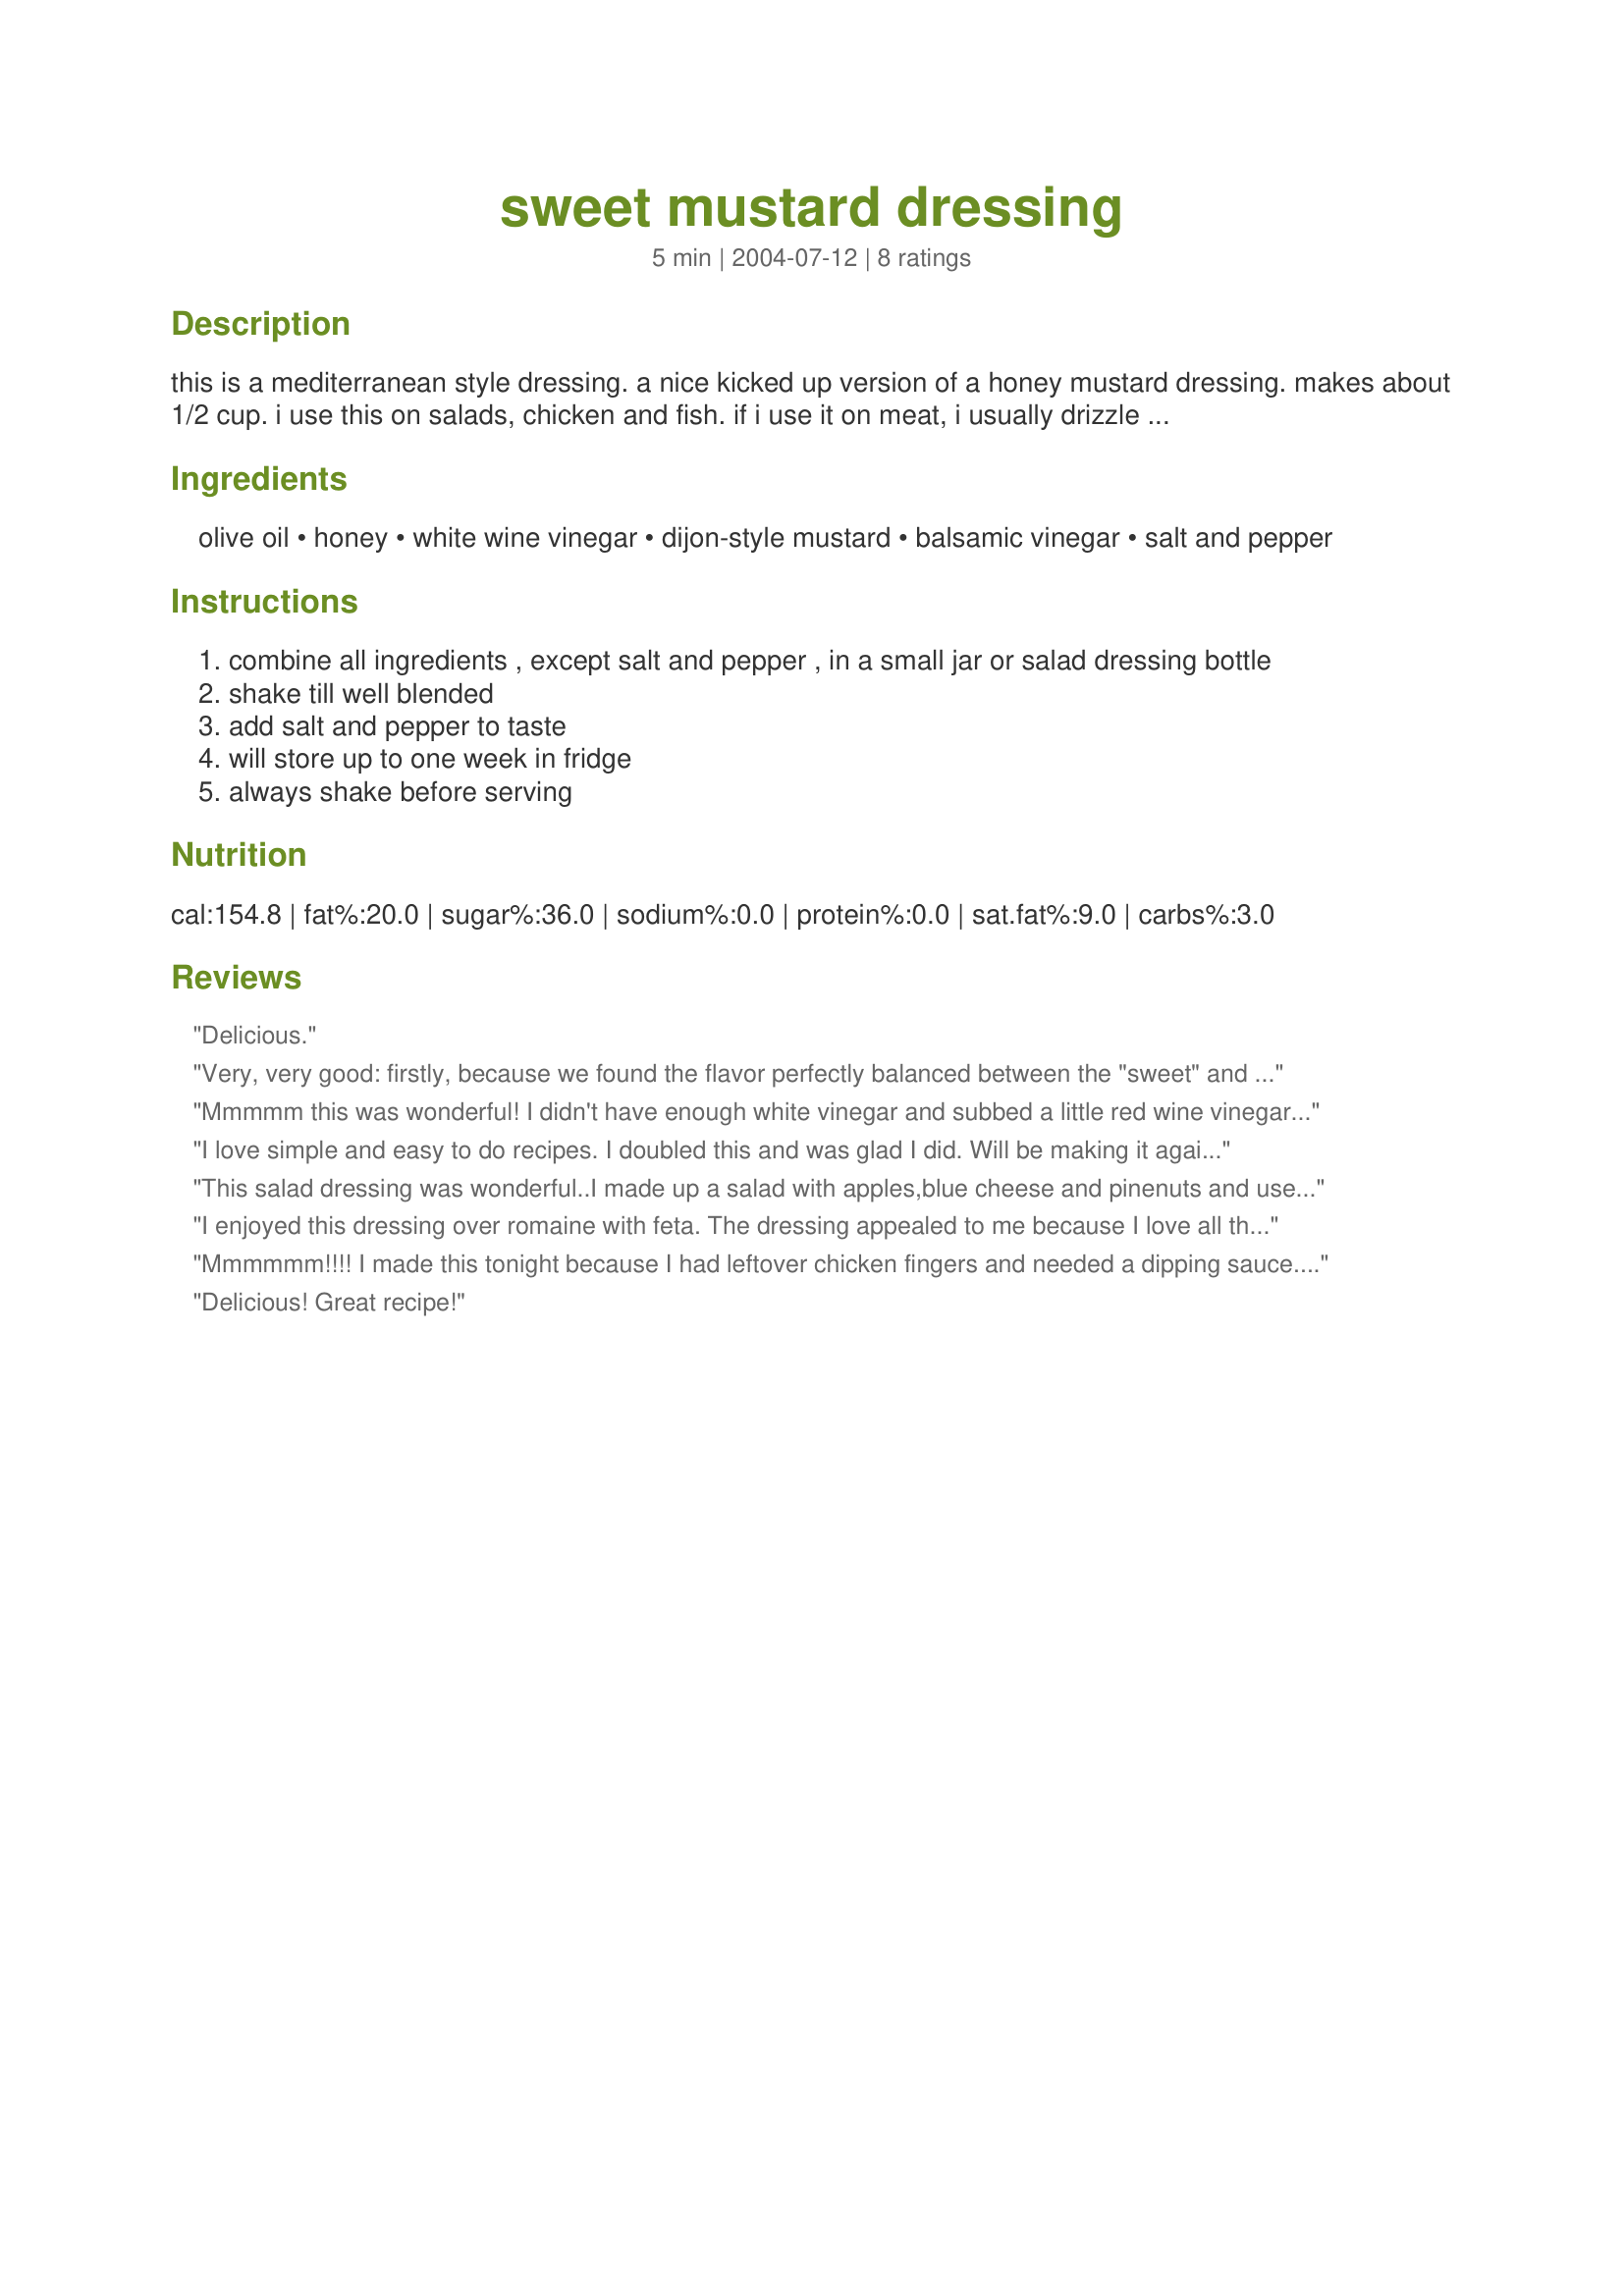
sweet mustard dressing
Preparation time: 5 minutes

this is a mediterranean style dressing. a nice kicked up version of a honey mustard dressing. makes about 1/2 cup.
i use this on salads, chicken and fish. if i use it on meat, i usually
drizzle it on after cooking or use as a dipping sauce. if you try it, i
really hope you enjoy it!

Ingredients:
olive oil, honey, white wine vinegar, dijon-style mustard, balsamic vinegar, salt and pepper

Steps:
combine all ingredients , except salt and pepper , in a small jar or salad dressing bottle
shake till well blended
add salt and pepper to taste
will store up to one week in fridge
always shake before serving

Reviews:
Delicious.
Very, very good: firstly, because we found the flavor perfectly balanced between the "sweet" and "mustard" , and secondly because it stayed emulsified after a good shaking in the screw-top jar. Thanks for posting!
Mmmmm this was wonderful! I didn't have enough white vinegar and subbed a little red wine vinegar for the balance. Also used about a Tbsp or two less oil (and no salt). Thanks for the recipe Bobtail - it's a keeper! :)
I love simple and easy to do recipes. I doubled this and was glad I did. Will be making it again shortly. Glad you posted this Bobtail.
This salad dressing was wonderful..I made up a salad with apples,blue cheese and pinenuts and used this dressing...it was one of the best salads I have made...a must try
I enjoyed this dressing over romaine with feta. The dressing appealed to me because I love all the ingredients! I used a strong mustard (dijon with horseradish) so I used 2 1/2 tsp. Thanks Bobtail for another yummy recipe.
Updated: I used this on <a href="/26259">Mediterranean Broccoli Salad</a> and it was outstanding!

Roxygirl
Mmmmmm!!!! I made this tonight because I had leftover chicken fingers and needed a dipping sauce. WOW! This was so good! I didn't use any salt or pepper but other than that followed the recipe exactly! The vinegars & honey give it the best flavors.. not to sweet, just a little vinegary... perfect! I'm thinking of making a large amount and basting some chicken with it and keeping some on the side for dipping! It's a keeper!
Delicious! Great recipe!
